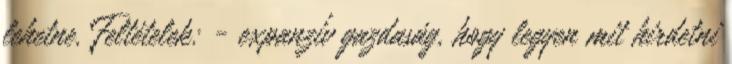
lehetne. Feltételek: - expanzív gazdaság, hogy legyen mit hirdetni